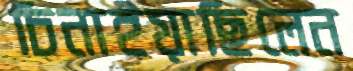
চিনাইয়াছিলেন